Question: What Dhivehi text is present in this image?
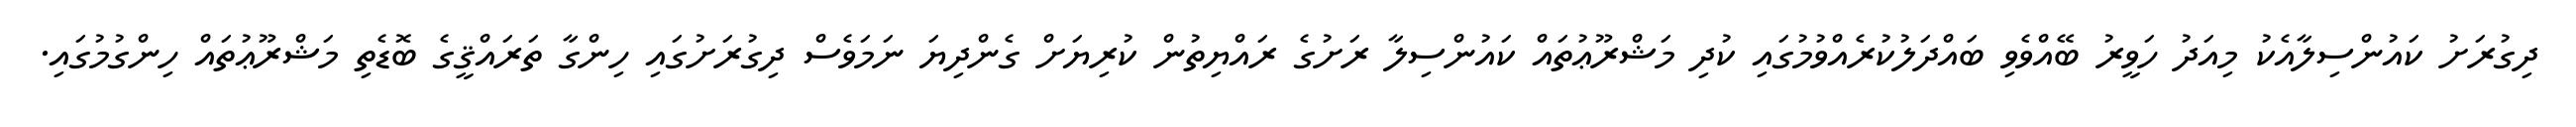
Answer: ދިގުރަށު ކައުންސިލާއެކު މިއަދު ހަވީރު ބޭއްވެވި ބައްދަލުކުރެއްވުމުގައި ކުދި މަޝްރޫޢުތައް ކައުންސިލާ ރަށުގެ ރައްޔިތުން ކުރިޔަށް ގެންދިޔަ ނަމަވެސް ދިގުރަށުގައި ހިންގާ ތަރައްޤީގެ ބޮޑެތި މަޝްރޫޢުތައް ހިންގުމުގައި.